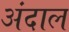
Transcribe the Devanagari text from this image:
अंदाल